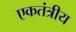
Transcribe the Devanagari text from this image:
एकतंत्रीय